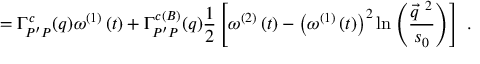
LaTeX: = \Gamma _ { P ^ { \prime } P } ^ { c } ( q ) \omega ^ { \left( 1 \right) } \left( t \right) + \Gamma _ { P ^ { \prime } P } ^ { c \left( { \scriptsize { B } } \right) } ( q ) \frac { 1 } { 2 } \left[ \omega ^ { \left( 2 \right) } \left( t \right) - \left( \omega ^ { \left( 1 \right) } \left( t \right) \right) ^ { 2 } \mathrm { l n } \left( \frac { \vec { q } ^ { ~ 2 } } { s _ { 0 } } \right) \right] \ .